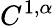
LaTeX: C^{1,\alpha}